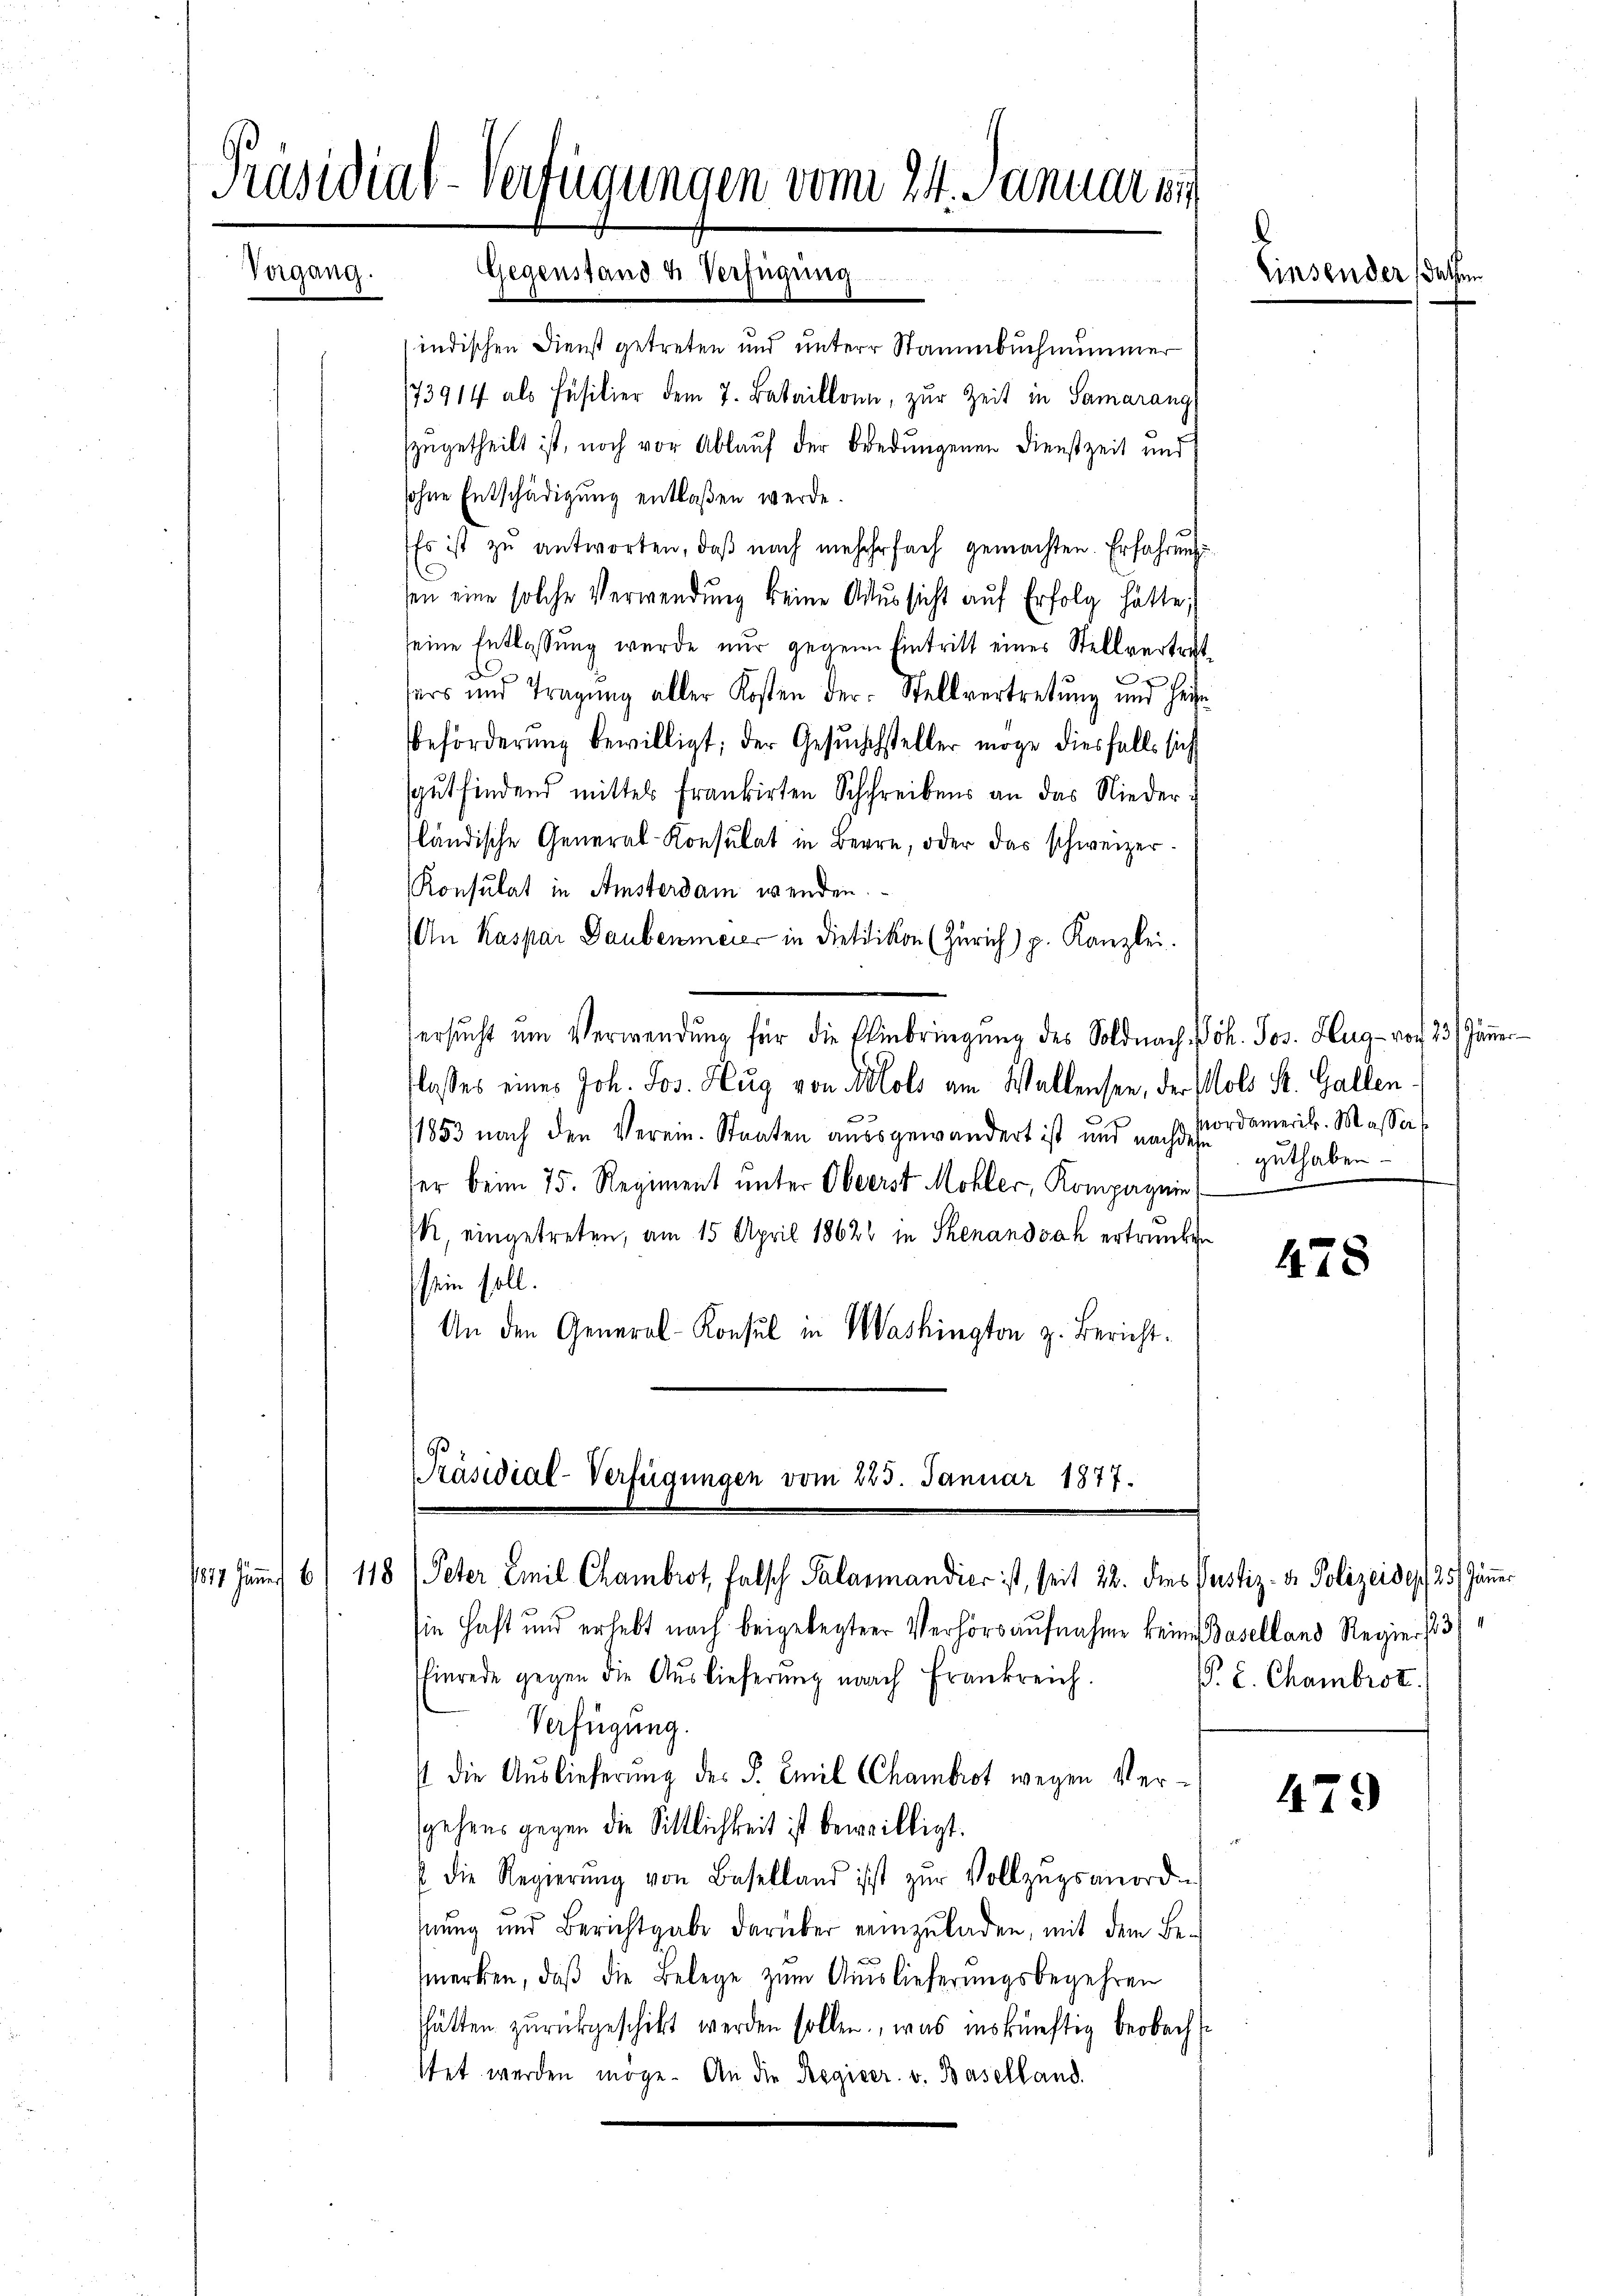
Präsidial-Verfügungen vom 24. Januar 18
Vergang. Gegenstand & Verfügung
s
indischen Dienst getreten und unterer Stammbuchnummer
173914 als Füsilier dem 7. Bataillonn, zur Zeit in Samarang

zugetheilt ist, noch vor Ablauf der Bredungenen Dienstzeit und
sohne Entschädigung entlaßen werde.
Es ist zŭ antworten, daβ nach mehrfach gemachten. Erfahrungs
sen eine solche Verwendung keine Aussicht auf Erfolg hätte;
seine Entlassung wurde nur gegene Eintritt eines Stellvertretd
.
sers und Tragung aller Kosten der Stellvertretung und Hein
Beförderung bewilligt; der Gesuchsteller möge diesfalls sich
gutfindend mittels frankirten Schreibens an das Niederfländische General-Konsulat in Bern, oder das schweizer¬
Konsulat in Amsterdam wenden.
(An Kaspar Daubenmeier in Dietitikon (Zürich) p. Kanzlei.
ersucht ŭm Verwendung für die Einbringung des Soldnach Joh. Jos. Hug von 23. Jänner
flosses eines Joh. Jos. Hug von Klolo am Wallensee, der Molo St. Gallen¬
1853 nach den Verein. Staaten aussgewandert ist und nachdem guthaben.
ser beim 75. Regiment unter Oberst Mohler, Kompagnie (
k, eingetreten, am 15. April 1862 in Schenandoch ertrauben
sein soll.
An den General-Konsul in Washington z. Bericht¬
Präsidial-Verfügungen vom 223. Januar 1877.
1817. Jänng 6/ 118 (Peter Emil Chambrot, Falsch Salarmandier ist, seit 22. dies Justiz- & Polizeider, 25. Jänner
sie Haft und erhebt nach beigelegten Verhörsaufnahme keine Baselland Regie 1331
Einrede gegen die Auslieferung nach Frankreich.
Verfügung.
/ die Auslieferung des P. Emil CChambrot wegen Versgehens gegen die Sittlichkeit ist beweilligt.
 die Regierŭng von Baselland ist zŭr Vollzŭgsanordn
nung und Berichtgabe darüber einzuladen, mit dem Bemerken, daß die Belege zum Auslieferungsbegehren
hätten zurückgeschickt werden sollen, was inskünftig beobacht
ttet werden möge. An die Regieer v. Baselland.

Einsender das

nordamerik. Massen

478

P. C. Chambrot.

479